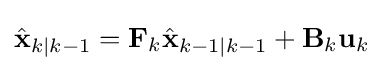
{\hat {\mathbf {x} }}_{k\mid k-1}=\mathbf {F} _{k}{\hat {\mathbf {x} }}_{k-1\mid k-1}+\mathbf {B} _{k}\mathbf {u} _{k}